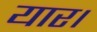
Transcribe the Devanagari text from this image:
यार।